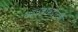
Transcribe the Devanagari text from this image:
स्थानकाबद्दलची